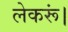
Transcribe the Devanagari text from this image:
लेकरूं।